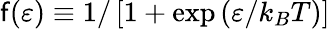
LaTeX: \mathsf{f}(\varepsilon)\equiv1/\left[1+\exp\left(\varepsilon/k_{B}T\right)\right]